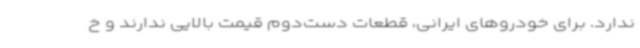
ندارد. برای خودروهای ایرانی، قطعات دست‌دوم قیمت بالایی ندارند و خ